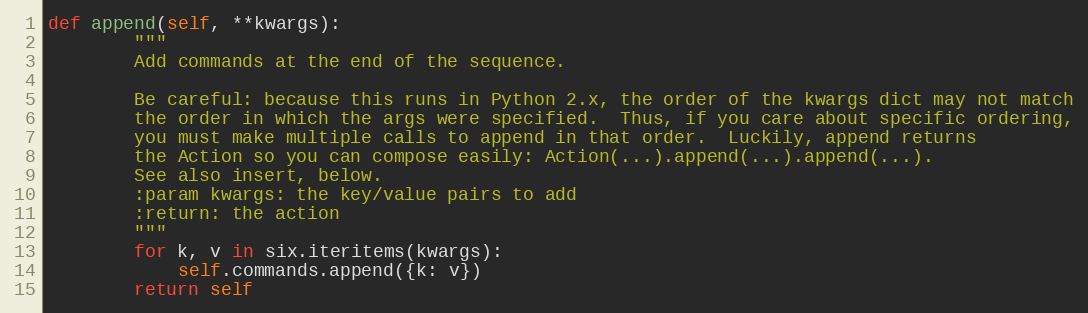
Language: Python
def append(self, **kwargs):
        """
        Add commands at the end of the sequence.

        Be careful: because this runs in Python 2.x, the order of the kwargs dict may not match
        the order in which the args were specified.  Thus, if you care about specific ordering,
        you must make multiple calls to append in that order.  Luckily, append returns
        the Action so you can compose easily: Action(...).append(...).append(...).
        See also insert, below.
        :param kwargs: the key/value pairs to add
        :return: the action
        """
        for k, v in six.iteritems(kwargs):
            self.commands.append({k: v})
        return self